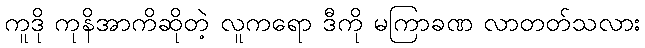
ကူဒို ကုနိအာကိဆိုတဲ့ လူကရော ဒီကို မကြာခဏ လာတတ်သလား